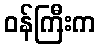
ဝန်ကြီးက